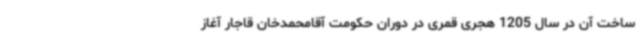
ساخت آن در سال 1205 هجری قمری در دوران حکومت آقامحمدخان قاجار آغاز